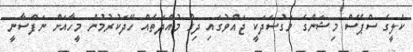
ކެލީގެ ސްޕޭސް މިޝަންގެ މަގުސަދަކީ ޖައްވުގައި ދިގު މުއްދަތެއް ހޭދަކުރުމުން މީހާއަށް ނަފްސާނީ